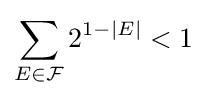
\sum _{E\in {\mathcal {F}}}2^{1-|E|}<1